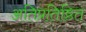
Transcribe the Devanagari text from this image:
अतिप्रतिष्ठित